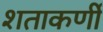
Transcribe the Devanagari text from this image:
शताकर्णी